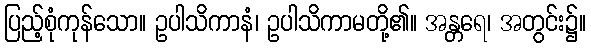
ပြည့်စုံကုန်သော။ ဥပါသိကာနံ၊ ဥပါသိကာမတို့၏။ အန္တရေ၊ အတွင်း၌။